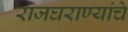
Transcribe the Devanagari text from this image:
राजघराण्यांचे